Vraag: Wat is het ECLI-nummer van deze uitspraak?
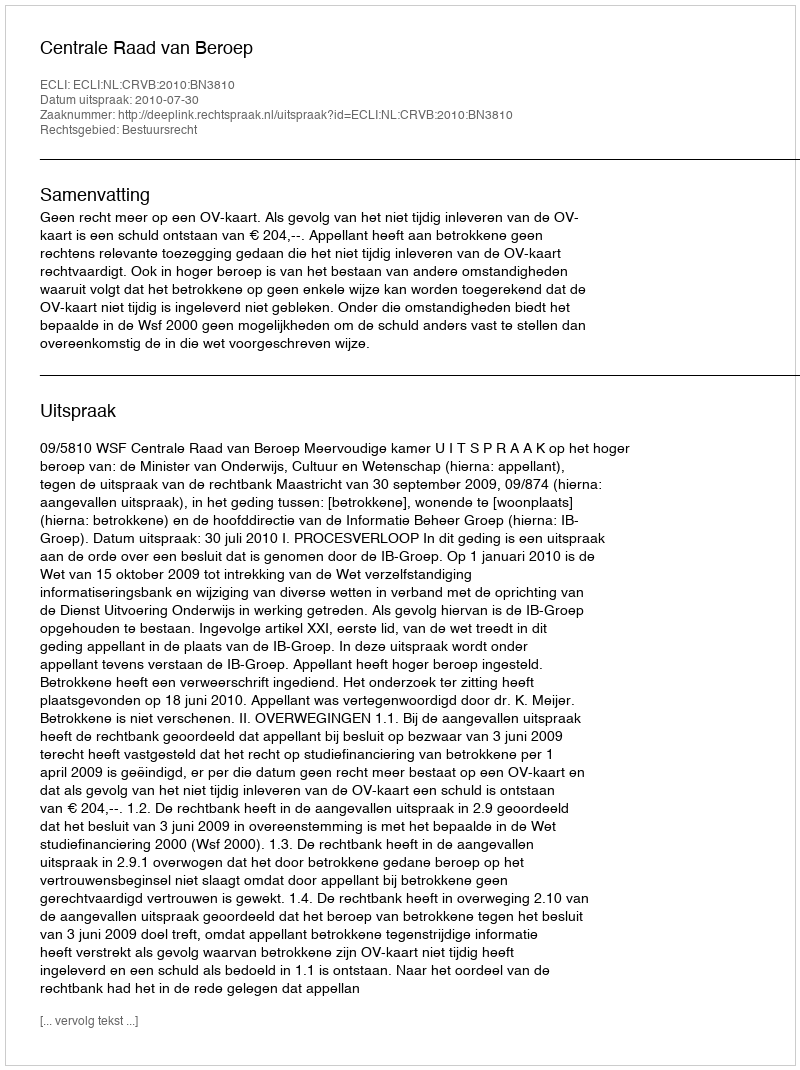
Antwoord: ECLI:NL:CRVB:2010:BN3810